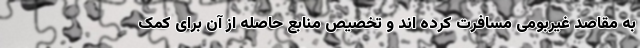
به مقاصد غیربومی مسافرت کرده اند و تخصیص منابع حاصله از آن برای کمک